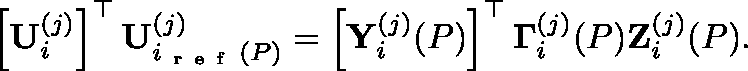
\left[ \mathbf { U } _ { i } ^ { ( j ) } \right] ^ { \top } \mathbf { U } _ { i _ { \mathrm { ~ r ~ e ~ f ~ } } ( P ) } ^ { ( j ) } = \left[ \mathbf { Y } _ { i } ^ { ( j ) } ( P ) \right] ^ { \top } \mathbf { \Gamma } _ { i } ^ { ( j ) } ( P ) \mathbf { Z } _ { i } ^ { ( j ) } ( P ) .